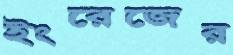
ইংরেজের